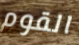
القوم